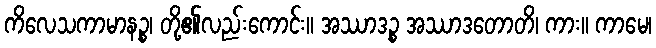
ကိလေသကာမာနဉ္စ၊ တို့၏လည်းကောင်း။ အဿာဒဉ္စ အဿာဒတောတိ၊ ကား။ ကာမေ၊